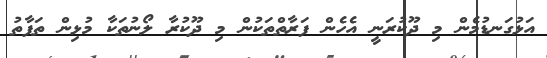
އަޅުގަނޑުމެން މި ދޫކުރަނީ އެހެން ފަރާތްތަކުން މި ދޫކުރާ ލޯނުތަކާ މުޅިން ތަފާތު